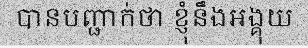
បានបញ្ជាក់ថា ខ្ញុំនឹងអង្គុយ